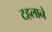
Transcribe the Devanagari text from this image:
टहलाने